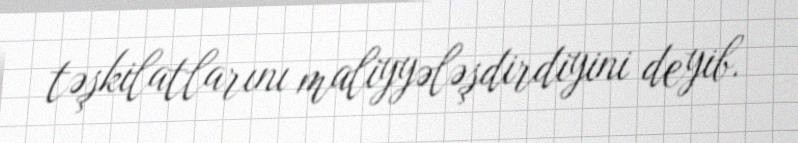
təşkilatlarını maliyyələşdirdiyini deyib.